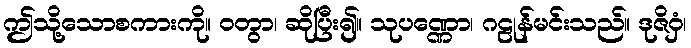
ဤသို့သောစကားကို။ ဝတွာ၊ ဆိုပြီး၍။ သုပဏ္ဏော၊ ဂဠုန်မင်းသည်။ ဒုဇိဝှံ၊